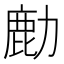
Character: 𫜋